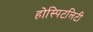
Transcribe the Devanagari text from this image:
होस्पिटलिटी